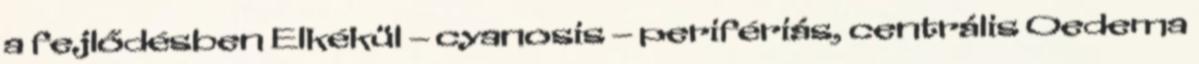
a fejlődésben Elkékül – cyanosis – perifériás, centrális Oedema